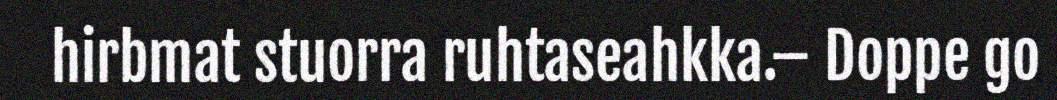
hirbmat stuorra ruhtaseahkka.– Doppe go